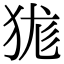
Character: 狵